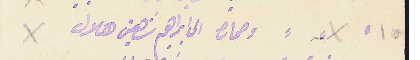
١٥ وحماره الى ابراهيم شاهين هلال